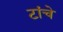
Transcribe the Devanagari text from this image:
टांचे